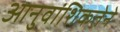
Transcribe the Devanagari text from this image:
आनुवांशिकतेने